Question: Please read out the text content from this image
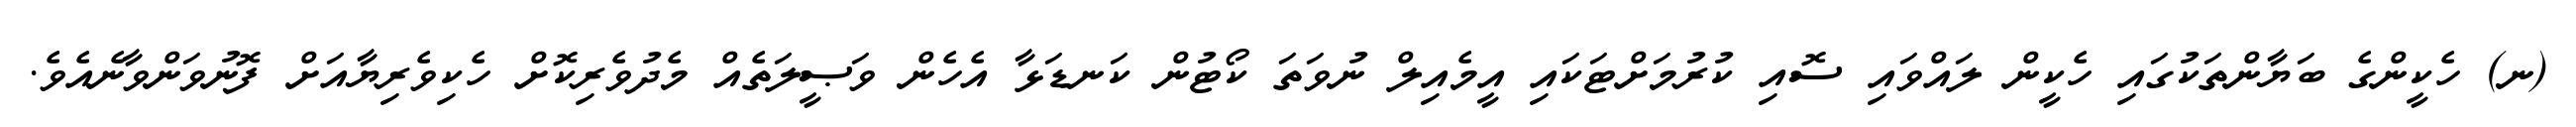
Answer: (ނ) ހެކީންގެ ބަޔާންތަކުގައި ހެކީން ލައްވައި ސޮއި ކުރުމަށްޓަކައި އީމެއިލް ނުވަތަ ކޯޓުން ކަނޑަޅާ އެހެން ވަޞީލަތެއް މެދުވެރިކޮށް ހެކިވެރިޔާއަށް ފޮނުވަންވާނެއެވެ.